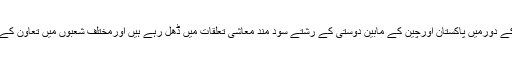
وزیراعظم محمدنوازشریف کے دورمیں پاکستان اورچین کے مابین دوستی کے رشتے سود مند معاشی تعلقات میں ڈھل رہے ہیں اورمختلف شعبوں میں تعاون کے نئے دریچے کھل رہے ہیں۔